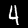
Digit: 4